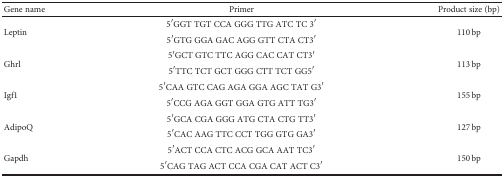
| Gene name | Primer | Product size (bp) |
 | --- | --- | --- |
 | <ROWSPAN=2> Leptin | 5′GGT TGT CCA GGG TTG ATC TC 3′ | <ROWSPAN=2> 110 bp |
 | 5′GTG GGA GAC AGG GTT CTA CT3′ |
 | <ROWSPAN=2> Ghrl | 5′GCT GTC TTC AGG CAC CAT CT3′ | <ROWSPAN=2> 113 bp |
 | 5′TTC TCT GCT GGG CTT TCT GG5′ |
 | <ROWSPAN=2> Igf1 | 5′CAA GTC CAG AGA GGA AGC TAT G3′ | <ROWSPAN=2> 155 bp |
 | 5′CCG AGA GGT GGA GTG ATT TG3′ |
 | <ROWSPAN=2> AdipoQ | 5′GCA CGA GGG ATG CTA CTG TT3′ | <ROWSPAN=2> 127 bp |
 | 5′CAC AAG TTC CCT TGG GTG GA3′ |
 | <ROWSPAN=2> Gapdh | 5′ACT CCA CTC ACG GCA AAT TC3′ | <ROWSPAN=2> 150 bp |
 | 5′CAG TAG ACT CCA CGA CAT ACT C3′ |